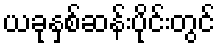
ယခုနှစ်ဆန်းပိုင်းတွင်